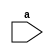
module odd_no(input a);
  
task odd(input x);    
  if(x%2!=0)
    $display("The number is odd");
    else
      $display("Enter some other number");
  endtask
    initial begin
      odd(6);
      odd(9);
    end
 endmodule